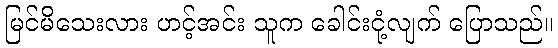
မြင်မိသေးလား ဟင့်အင်း သူက ခေါင်းငုံ့လျက် ပြောသည်။